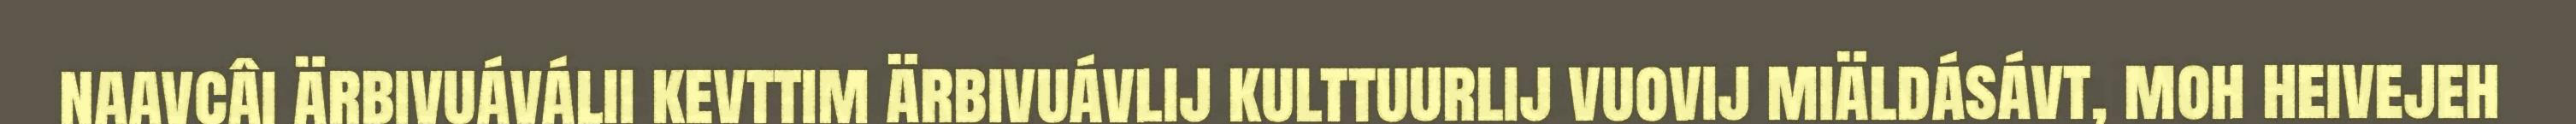
naavcâi ärbivuáválii kevttim ärbivuávlij kulttuurlij vuovij miäldásávt, moh heivejeh